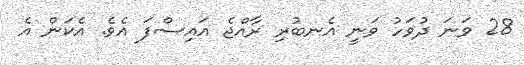
28 ވަނަ ދުވަހު ވަނީ އެނބުރި ރާއްޖެ އައިސްފަ އެވެ. އެކަން އެ